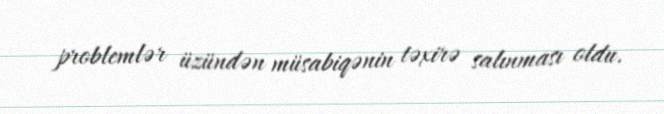
problemlər üzündən müsabiqənin təxirə salınması oldu.